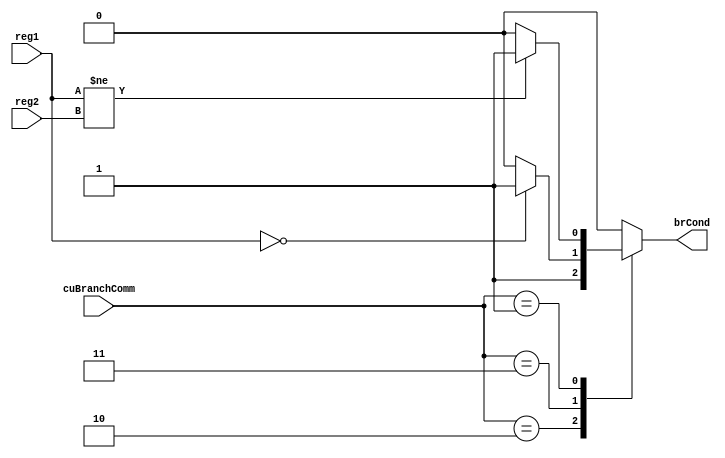
//-----------stage!!!!!!!

module conditionChecker (reg1, reg2, cuBranchComm, brCond);
  input [31: 0] reg1, reg2;
  input [1:0] cuBranchComm;
  output reg brCond;

  always @ ( * ) begin
    case (cuBranchComm)
      2'b 10: brCond <= 1;
      2'b 11: brCond <= (reg1 == 0) ? 1 : 0;
      2'b 01: brCond <= (reg1 != reg2) ? 1 : 0;
      default: brCond <= 0;
    endcase
  end
endmodule // conditionChecker